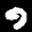
Label: 9